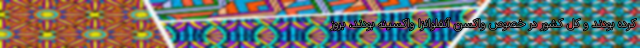
کرده بودند و کل کشور در خصوص واکسن آنفلوانزا واکسینه بودند، بروز